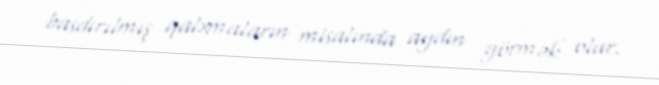
basdırılmış qalxmaların misalında aydın görmək olur.